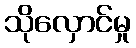
သိုလှောင်မှု